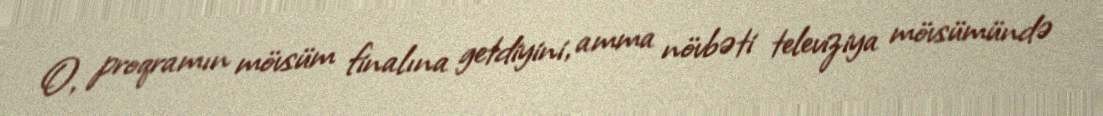
O, proqramın mövsüm finalına getdiyini, amma növbəti televiziya mövsümündə